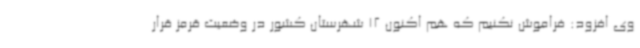
وی افزود: فراموش نکنیم که هم اکنون 12 شهرستان کشور در وضعیت قرمز قرار